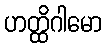
ဟတ္ထိဂါမော